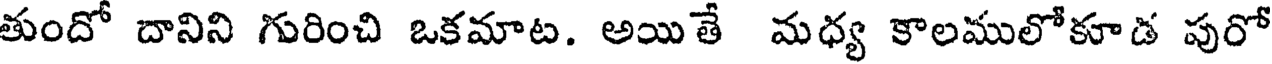
తుందో దానిని గురించి ఒకమాట. అయితే మధ్య కాలములోకూడ పురో